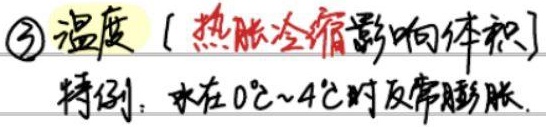
\textcircled{3} 温度【热胀冷缩影响体积】特例：水在\(0^{\circ}C\sim4^{\circ}C\)时反常膨胀。